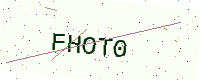
Text: FHOT0